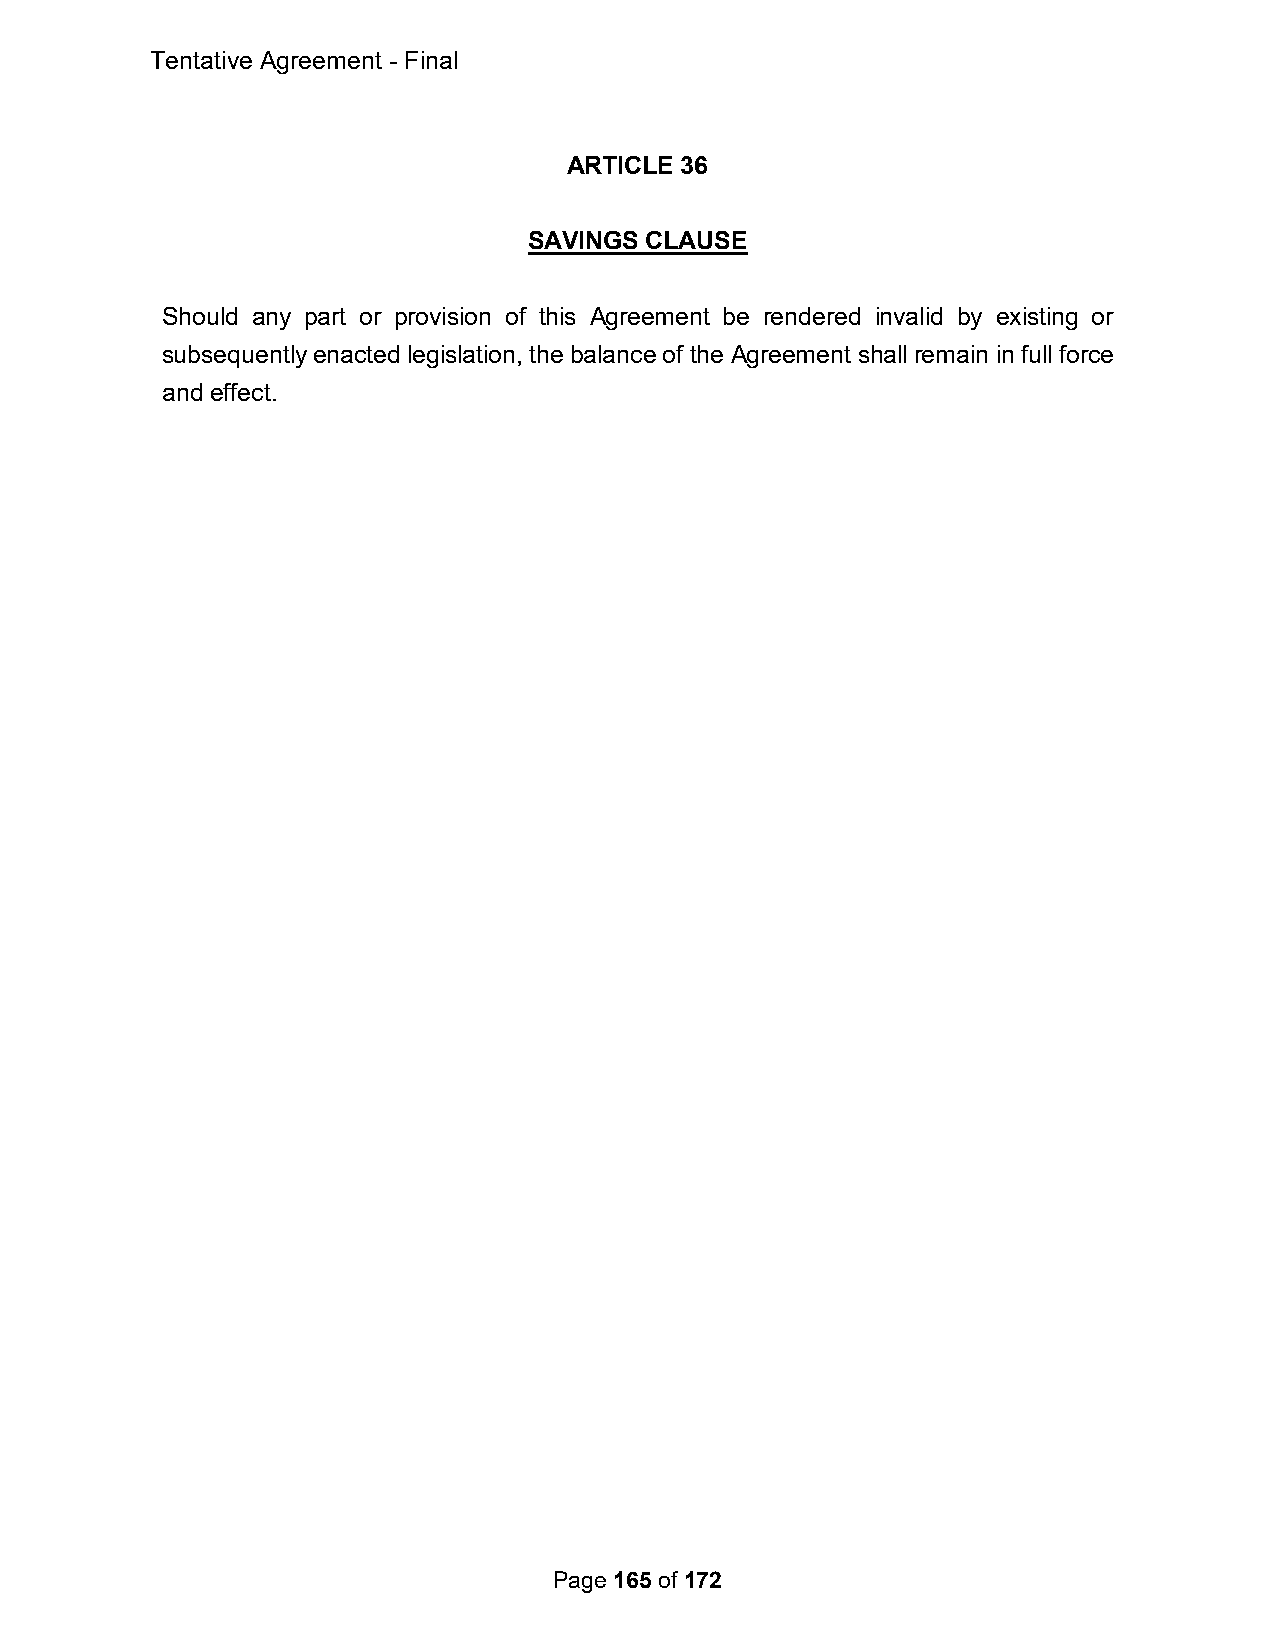
Tentative Agreement - Final
 ARTICLE 36
 SAVINGS CLAUSE
 Should any part or provision of this Agreement be rendered invalid by existing or
 subsequently enacted legislation, the balance of the Agreement shall remain in full force
 and effect.
 Page 165 of 172